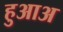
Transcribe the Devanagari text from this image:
हुआअ